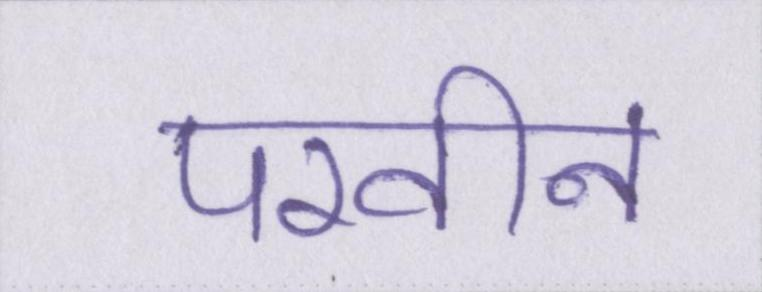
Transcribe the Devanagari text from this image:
परवीन